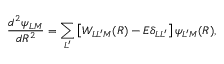
\frac { d ^ { 2 } \psi _ { L M } } { d R ^ { 2 } } = \sum _ { L ^ { \prime } } \left[ W _ { L L ^ { \prime } M } ( R ) - { \cal E } \delta _ { L L ^ { \prime } } \right] \psi _ { L ^ { \prime } M } ( R ) ,